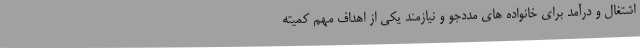
اشتغال و درآمد برای خانواده های مددجو و نیازمند یکی از اهداف مهم کمیته